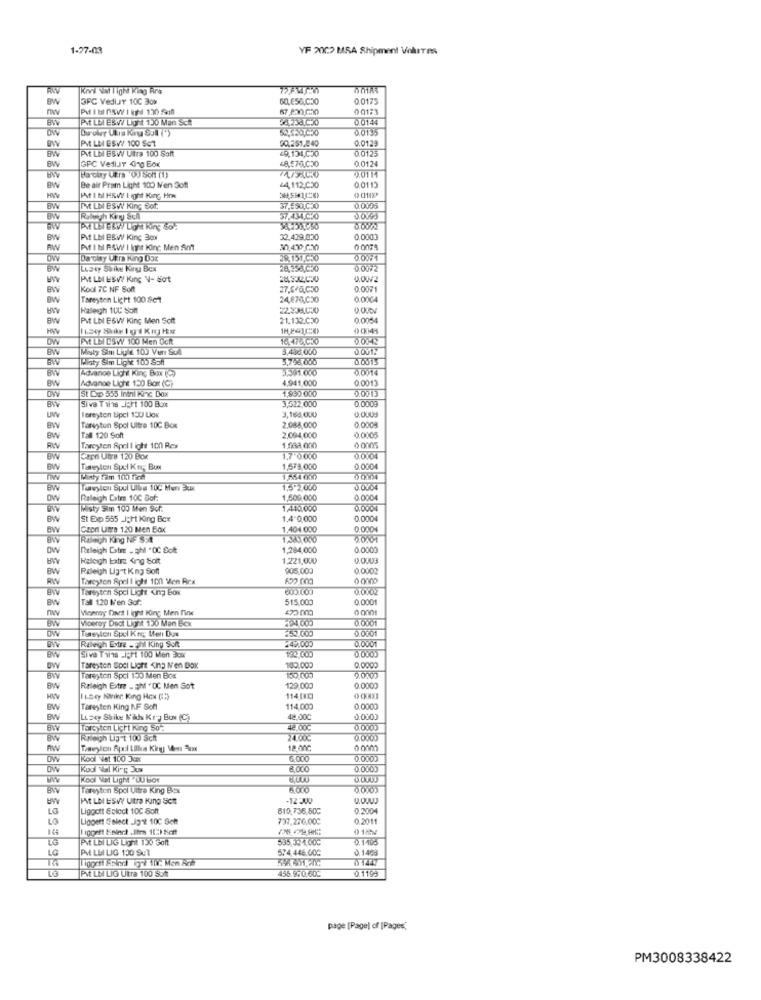
1-27-03
YF 2002 MSA Shipment Volutes
Kri val Tight King Ara
BW
3FC VedlJt 100 Box
60,656,030
0.0175
nw
0 01:3
BW
PMt LE EBWY Light 130 Man Sch
0.0144
0.0135
00.251.240
0.0129
PME LM ESVY 100 Sct
PLN BBW Ultra 100 Soft
49,131,030
0.0125
BW
GPC VedlJr Ging Box
0.0124
BW
2.0114
BWV
Harcity Ukra 'OJ Son (1)
0.0115
BW
Be air Pram Light 100 len Gof
+4,112,050
HV
At I bl HRVY I ight King How
BW
IM LN BSW King Sof.
37.550,030
0.0006
Ralph Kitty Schl
37.434,C30
PH LET EKVI Light king 46:
BW
Pit Lb BBW King Box
32.429.030
0.0003
RW
Af IN AAW I Ihr Kinc Men Smt
30,430 C.30
Darcity Ukra King Dox
29.151.050
0.0071
BW
Lusty Shike Karşı Bex
0.0072
INt LM ESWY KIng V- Bot
0.002
BW
Kool 7C NF Soft
0.0071
BW
Tareyten Light 100 Set
24670,030
0.0004
Haleigh 1UC Sont
BWV
Pit LN BSW King Men Soft
21.132.020
0.0054
HV
OW
MLN CÓW 100 Men Och
16.474C30
BW
Misty Simı Ligi 100 Ver Sull
3,486.000
D.OV1:
BW
Alisty Sim Ligt 100 Saft
5,758,000
0.0015
Advance Light King Box (Ca
3.391.000
0.0014
BW
Advance Light 150 Box (C))
4.941,000
0.0013
DWV
1,830.000
0.0013
St Dip 555 Intni Kinc Dox
Siva Twins Light 100 Box
3,522,000
0.0009
BWV
Toreyton tipci 130 Lox
3,164,000
UW
BW
Tarayton Spol Uitre 10C Box
2.088,000
0.0005
0,0008
BW
Tall 120 Soft
2.094,000
Tarcyten April I ight 100 Res
1.588,000
BW
Capri UnB 120 Bor
1,7 0.000
0.0004
BW
Tareylon Spel Kn- Bow
1,573,000
0.0004
TWW
1,554 0km
BW
Tasylon Spel Ulla 10℃ Ment Eku
1.5.2.000
DW
Raleigh Date 100 Gof:
1,600,000
0.0004
BWV
Misty Sim 100 Men Scf.
1,440,000
BW
St Exp 555 _ICH King Bcx
1,4"0,000
0.0004
BWV
Capri Latra 120 Men Box
1,404.000
0.0004
BW
Raleigh King NF SER
0W
Releigh Datre - ph "OC Soft
1,284,000
0.0001
BWV
Halloigh batre king Solt
1.221,000
BW
Raleigh Lig"t Kng Soft
905,000
0.0002
RW
Tarcyten Spell ight 100 Men Rex
Tareyten Spel Light <ing Box
0.0702
BW
Tall 120 M'en 3of:
515,000
0.0001
nw
Viceroy Daet I ight King Men fine
Viceroy Deot Light 150 Men Box
0.000
BW
DW
0.0001
252,000
0.0001
BW
Raleigh Extre -Fhil King Soft
2491000
Sive Twins -IÇFt 100 Men Box
190.00.
0.000)
BW
Taresten Soci Light <ing N'en Dox
100.000
BWV
Tareyton Spcl 130 Men Box
9.0000
BW
Raleigh Extre - ahl "DC Men Sot
129,000
0.0000
Issey Minikr King Hox (I)
114.00
BW
Tareyten King NF Soff
114,000
0.0000
BW
LESey Shike N'as Kr- Box (C)
42.00℃
0.0000
BWV
Tarsyten Light King So":
42.00℃
0.0000
BW
Raleigh Lig-t 100 Scht
24.000
0.0000
AW
Theylon Apil Ulka King Men m
12.000
0 0001
DW
Kodi Net 100 Jcxx
6.000
0,0000
DW
Kodi Val King Jus
8.000
0.0000
6,000
BW
Taresten Spol Ultre King Bei
0.000)
INt LN ESVY Ultra King SCR
-12:300
LG
Liggott Select 100 Soft
810,736,50℃
0.2004
Ligoett Gelect .Jg't 100 Sch
737.276.000
0.2011
LO
144
Pit LBI LIG Light 130 soft
595 3:4.00℃
PME LEI LIG 130 Sul
5.74 446.000
0.1408
LG
01447
PMt LM LIG Utra 100 55Ml
456.970.60C
0.1193
page [Page) of [Pages,
PM3008338422